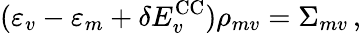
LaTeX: (\varepsilon_{v}-\varepsilon_{m}+\delta E_{v}^{\mathrm{CC}})\rho_{mv}=\Sigma_{mv}\, ,